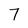
Character: 7